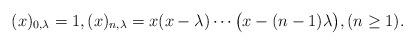
LaTeX: \begin{align*}(x)_{0,\lambda}=1,(x)_{n,\lambda}=x(x-\lambda)\cdots\big(x-(n-1)\lambda\big),(n\ge 1).\end{align*}